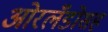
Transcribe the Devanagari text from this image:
ओरलँडोसह